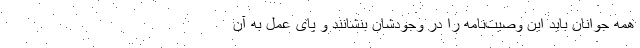
همه جوانان باید این وصیت‌نامه را در وجودشان بنشانند و پای عمل به آن